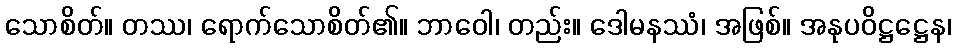
သောစိတ်။ တဿ၊ ရောက်သောစိတ်၏။ ဘာဝေါ၊ တည်း။ ဒေါမနဿံ၊ အဖြစ်။ အနုပဝိဋ္ဌဋ္ဌေန၊